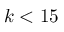
k < 1 5